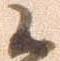
候